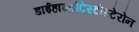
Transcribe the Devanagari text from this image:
डाईहाइड्रोटेस्टोस्टेरोन